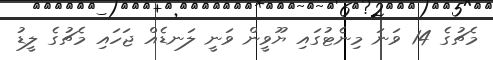
މެޗުގެ 14 ވަނަ މިނެޓުގައި ޔޫވީން ވަނީ ލަނޑެއް ޖަހައި މެޗުގެ ލީޑު